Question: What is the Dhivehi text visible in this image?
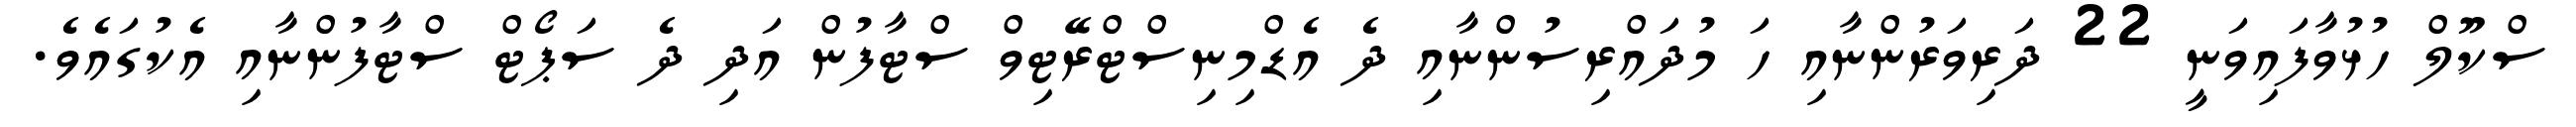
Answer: ސްކޫލް ހުޅުވާފައިވަނީ 22 ދަރިވަރުންނާއި ހަ މުދައްރިސުންނާއި ދެ އެޑްމިނިސްޓްރޭޓިވް ސްޓާފުން އަދި ދެ ސަޕޯޓް ސްޓާފުންނާއި އެކުގައެވެ.